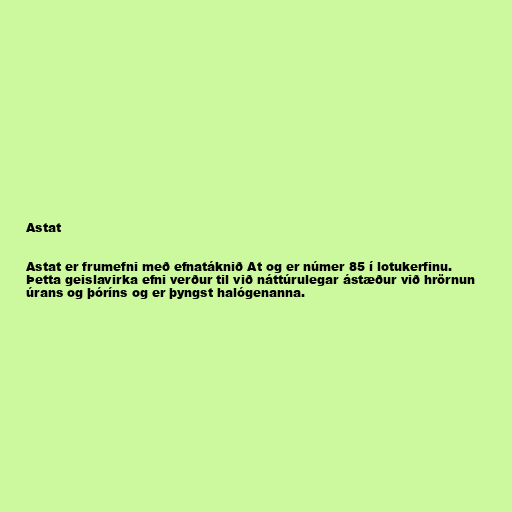
Astat

Astat er frumefni með efnatáknið At og er númer 85 í lotukerfinu.
Þetta geislavirka efni verður til við náttúrulegar ástæður við hrörnun
úrans og þóríns og er þyngst halógenanna.